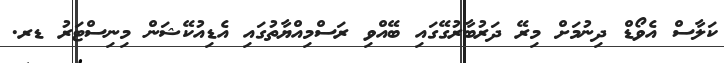
ކަލާސް އެވޯޑް ދިނުމަށް މިރޭ ދަރުބާރުގޭގައި ބޭއްވި ރަސްމިއްޔާތުގައި އެޑިއުކޭޝަން މިނިސްޓަރު ޑރ.